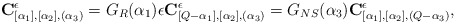
\begin{align*}{\bf C}_{[\alpha _1],[\alpha _2],(\alpha _3)}^\epsilon =G_{R}(\alpha _1)\epsilon {\bf C}^\epsilon _{[Q-\alpha _1],[\alpha _2],(\alpha _3)}=G_{NS}(\alpha _3){\bf C}^\epsilon _{[\alpha _1],[\alpha _2],(Q-\alpha _3)},\end{align*}